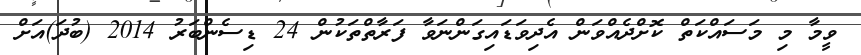
ވީމާ މި މަސައްކަތް ކޮށްދެއްވަން އެދިވަޑައިގަންނަވާ ފަރާތްތަކުން 24 ޑިސެންބަރު 2014 (ބުދަ)އަށް